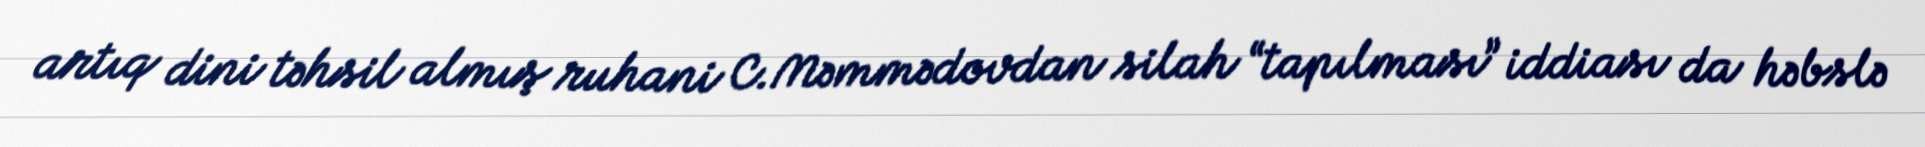
artıq dini təhsil almış ruhani C.Məmmədovdan silah “tapılması” iddiası da həbslə